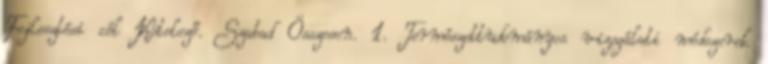
Fejlesztési cél Kötelező. Szabad Összesen. 1. Természettudományos vizsgálati módszerek